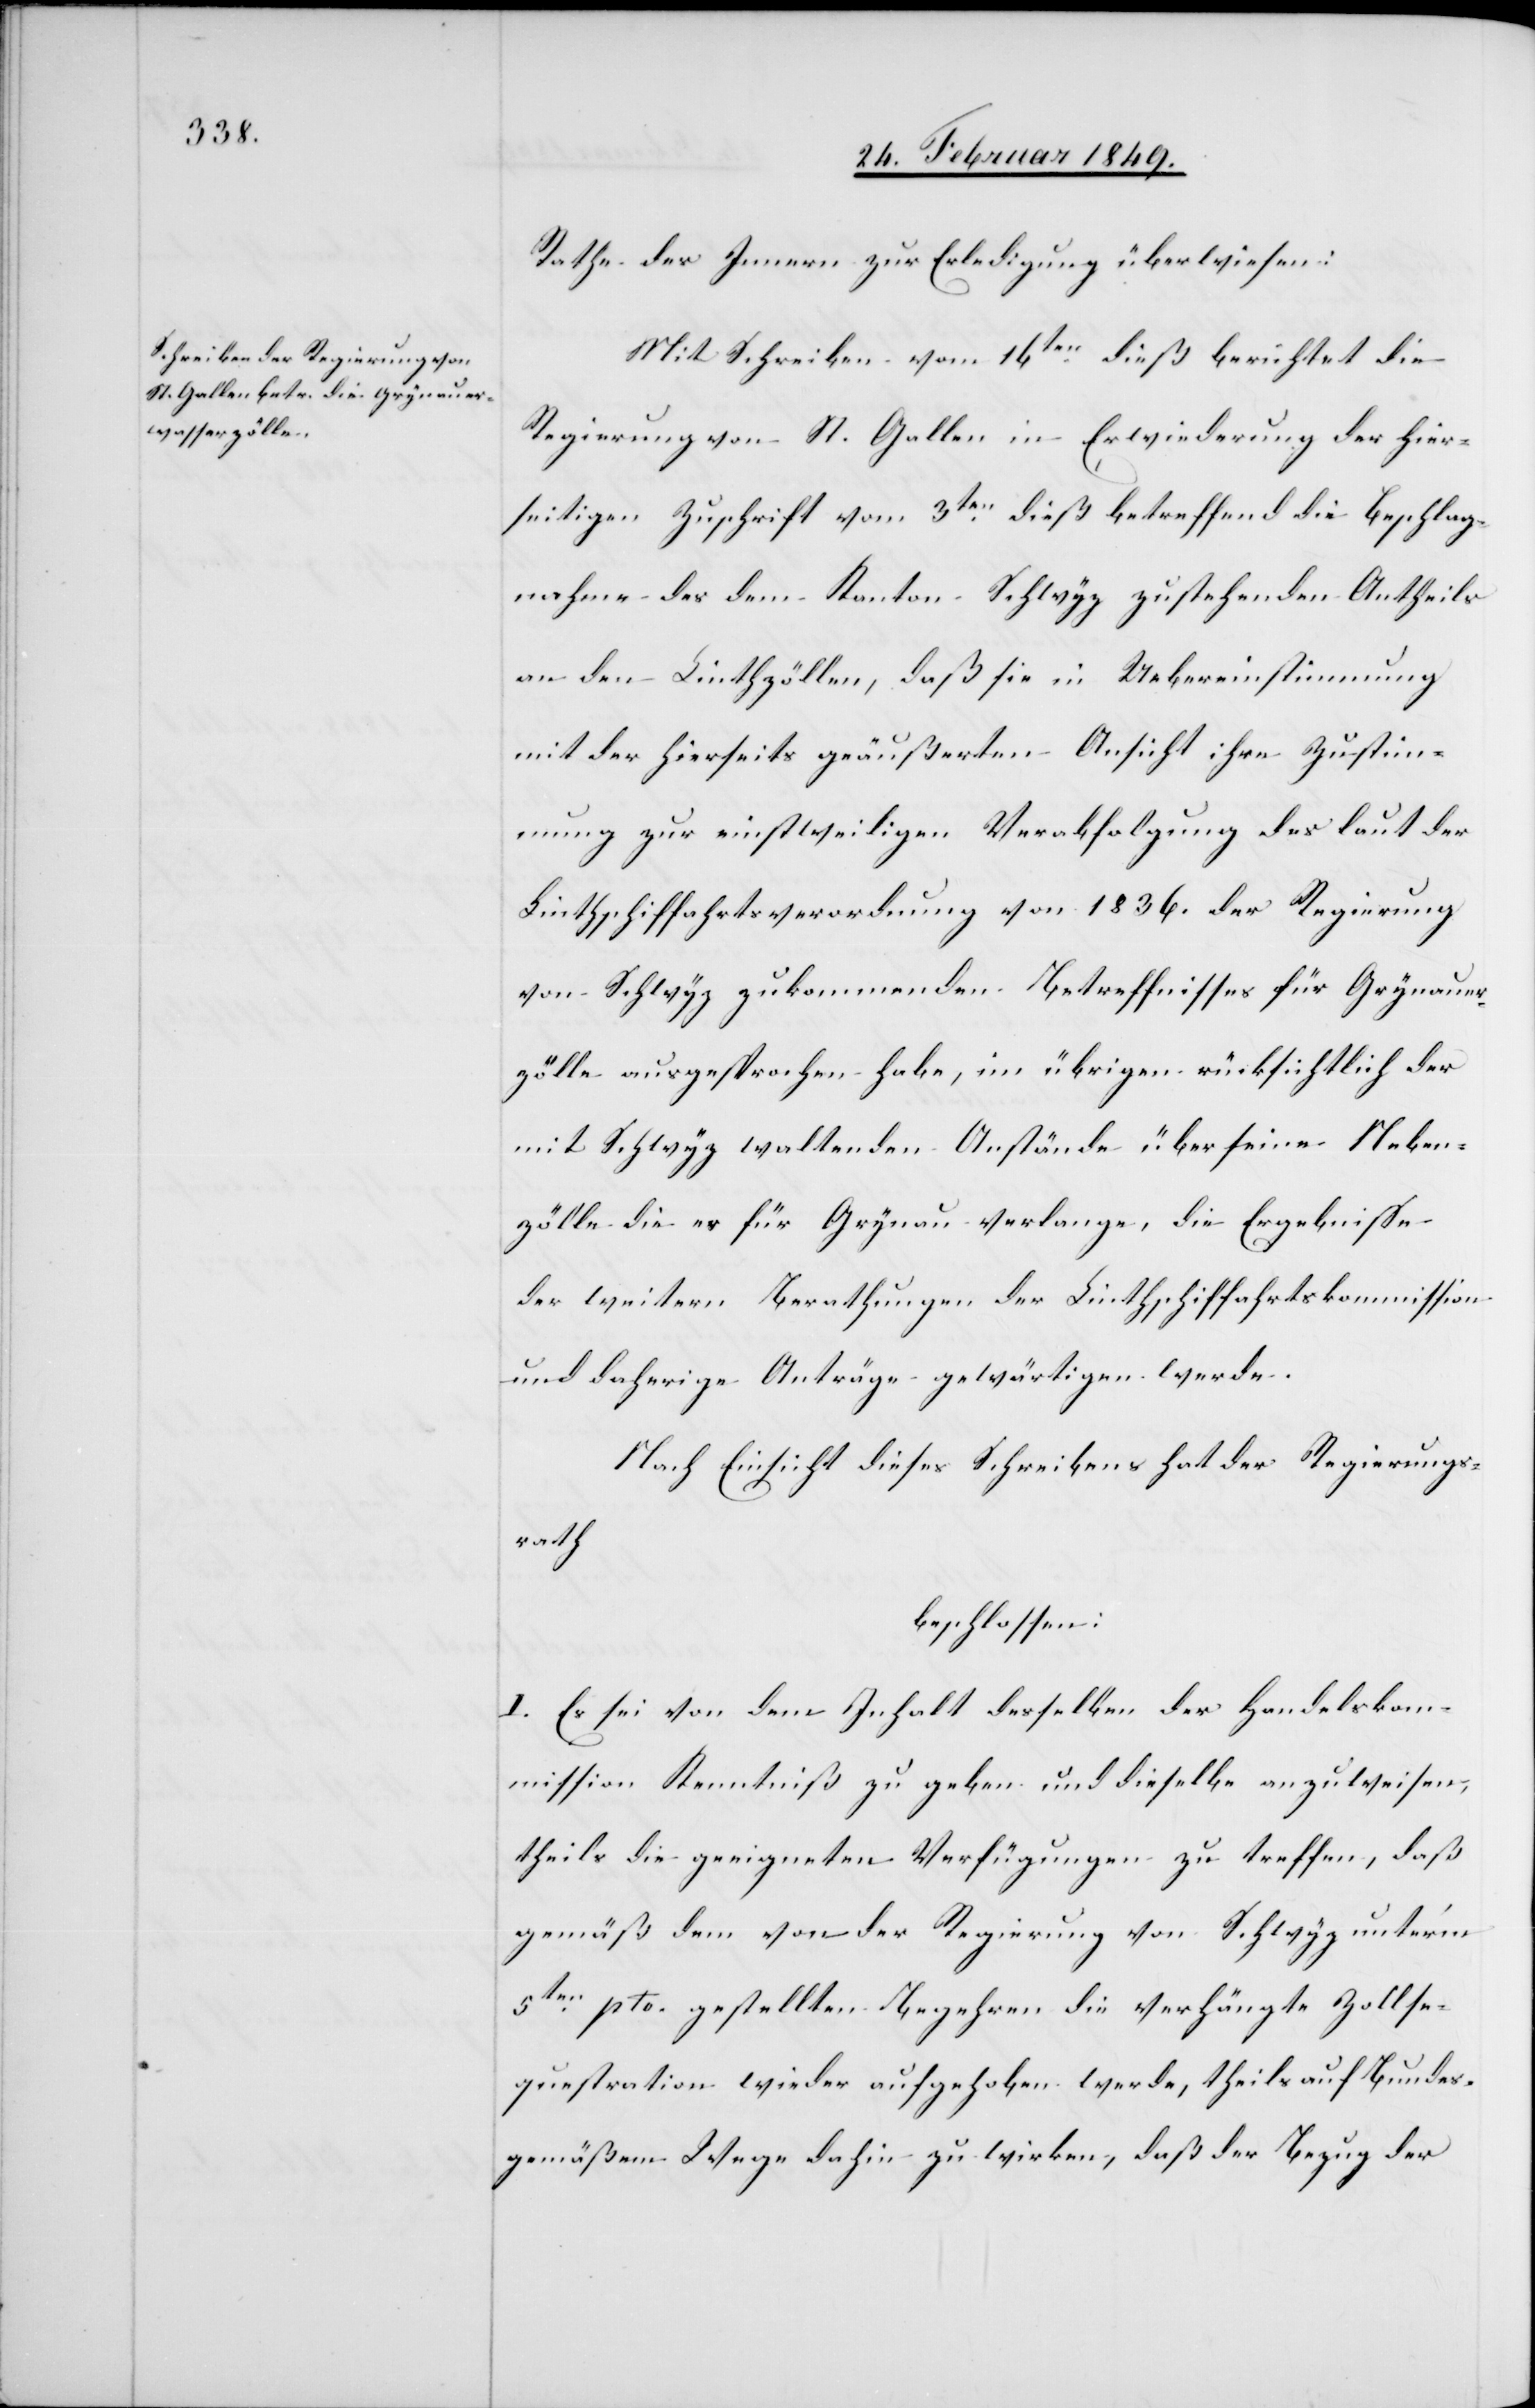
Rathe des Innern zur Erledigung überwiesen:
Mit Schreiben vom 16ten. dieß berichtet die
Regierung von St. Gallen in Erwiederung der hier¬
seitigen Zuschrift vom 3ten. dieß betreffend die Beschlag¬
nahme des dem Kanton Schwyz zustehenden Antheils
an den Linthzöllen, daß sie in Uebereinstimmung
mit der hierseits geäußerten Ansicht ihre Zustim¬
mung zur einstweiligen Verabfolgung des laut der
Linthschiffahrtsverordnung von 1836. der Regierung
von Schwyz zukommenden Betreffnisses für Grynauer¬
zölle ausgesprochen habe, im übrigen rücksichtlich der
mit Schwyz waltenden Anstände über seine Neben¬
zölle die es für Grynau verlange, die Ergebnisse
der weitern Berathungen der Linthschiffahrtskommission
und daherige Anträge gewärtigen werde.
Nach Einsicht dieses Schreibens hat der Regierungs¬
rath
beschlossen:
I. Es sei von dem Inhalt desselben der Handelskom¬
mission Kenntniß zu geben und dieselbe anzuweisen,
theils die geeigneten Verfügungen zu treffen, daß
gemäß dem von der Regierung von Schwyz unter’m
5ten. pto. gestellten Begehren die verhängte Zollse¬
questration wieder aufgehoben werde, theils auf Bundes¬
gemäßem Wege dahin zu wirken, daß der Bezug der